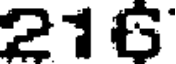
216